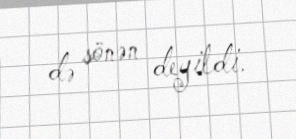
də sönən deyildi.